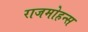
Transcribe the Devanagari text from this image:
राजमोहन्स